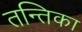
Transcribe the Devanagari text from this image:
तन्तिका